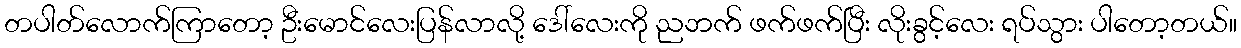
တပါတ်လောက်ကြာတော့ ဦးမောင်လေးပြန်လာလို့ ဒေါ်လေးကို ညဘက် ဖက်ဖက်ပြီး လိုးခွင့်လေး ရပ်သွား ပါတော့တယ်။